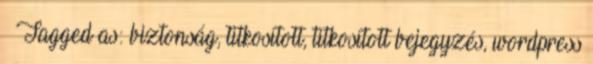
Tagged as: biztonság, titkosított, titkosított bejegyzés, wordpress